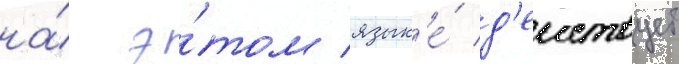
на́ э́том язык'е́ д'еиствует